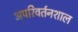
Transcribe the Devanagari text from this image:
अपरिवर्तनशाल